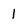
Character: 1